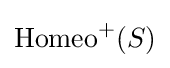
\operatorname {Homeo} ^{+}(S)